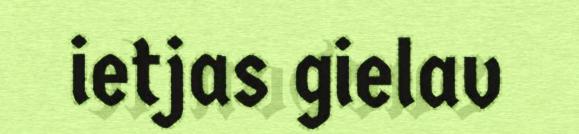
ietjas gielav